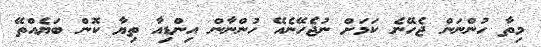
މިތާ ހުންނަން ޖެހޭނެ ކަމަށް ނުޖެހޭނެއޭ ހުންނާން އިންޑިއާ ތިޔާ ކޮން ބަޔެއްތޭ